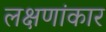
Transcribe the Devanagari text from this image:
लक्षणांकार